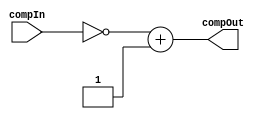
`timescale 1ns / 1ps
//////////////////////////////////////////////////////////////////////////////////
// Company: 
// Engineer: 
// 
// Design Name: 
// Module Name:    complementer 
// Project Name: 
// Target Devices: 
// Tool versions: 
// Description: 
//
// Dependencies: 
//
// Revision: 
// Revision 0.01 - File Created
// Additional Comments: 
//
//////////////////////////////////////////////////////////////////////////////////
module complementer(compIn, compOut);
	input [7:0] compIn;
	output reg [7:0] compOut;
	
	always@(compIn,compOut)
		begin
			compOut = ~compIn + 8'd1;
		end
		
endmodule